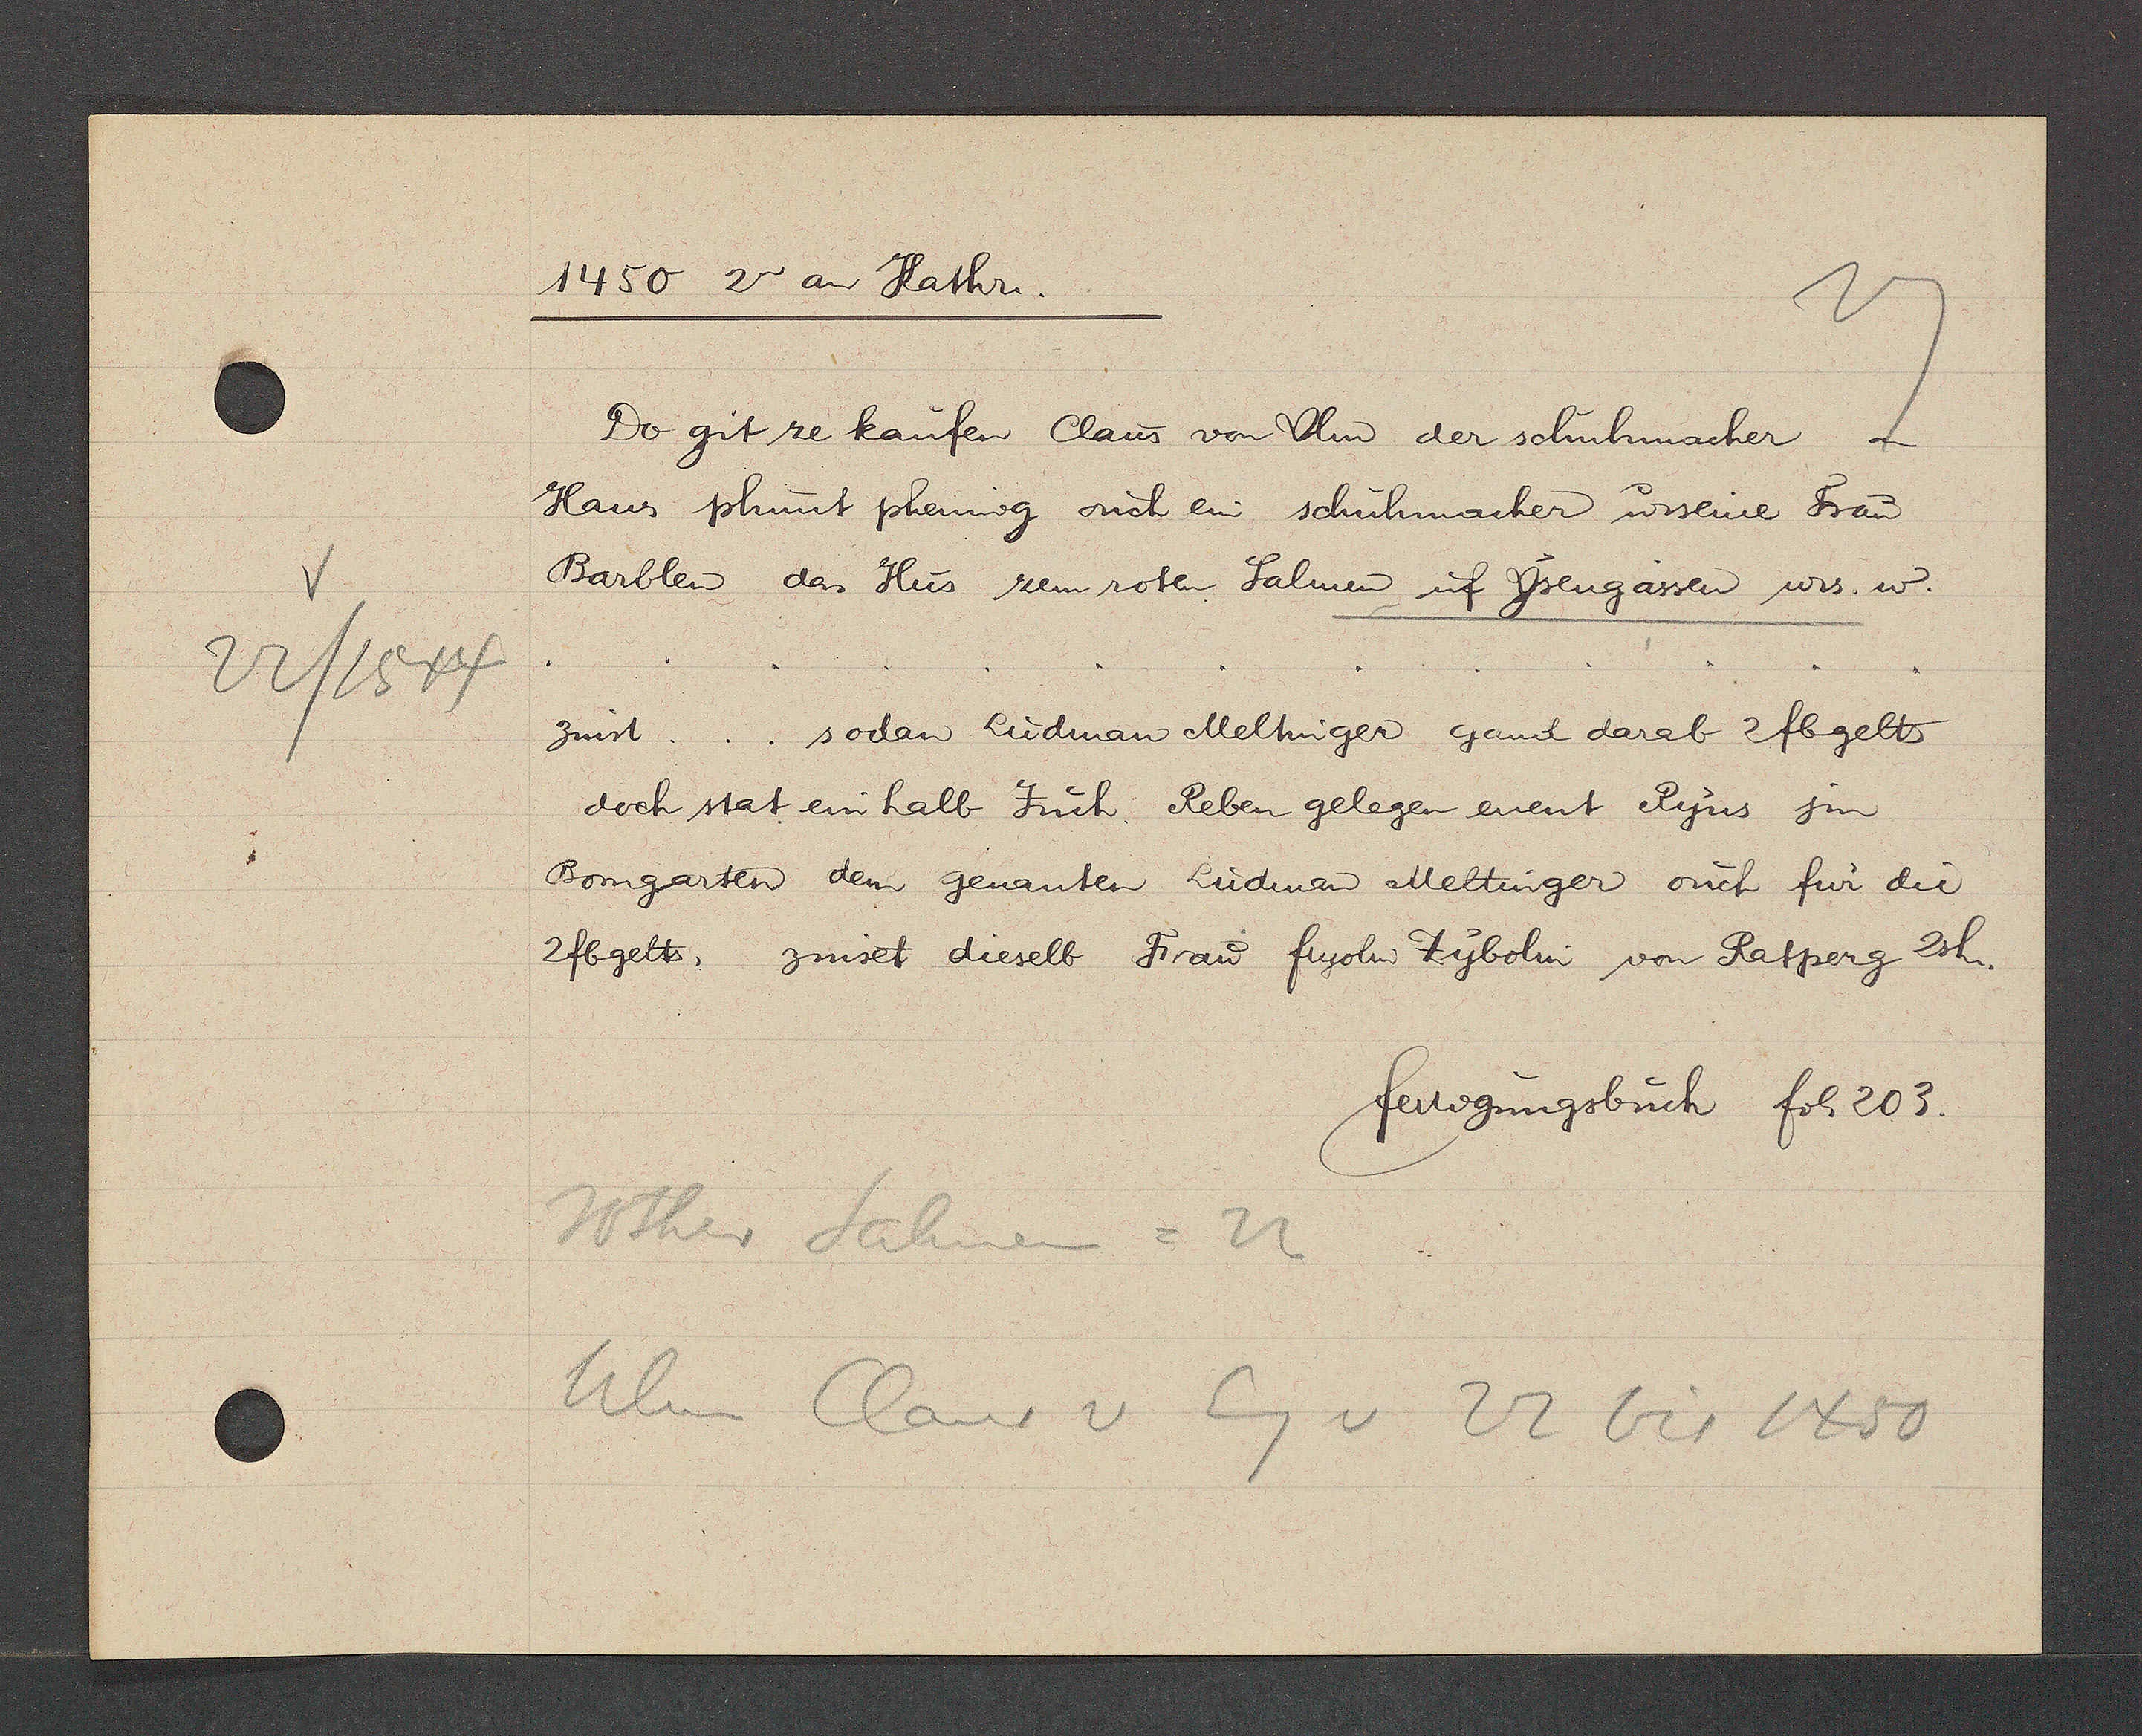
Transcript:
22/1544

1450 2n an Kathri.
Do git ze kaufen Claus von Ulm der schuhmacher an
Haus phrunt phennig ouch ein schuhmacher u. seine Frau
Barblen das Hus zem roten Salmen uf Ysengassen u.s. w.
. . . . . . . . . . . . .
Zinst . . . sodan Ludman Meltinger gand darab 2fb gelts
doch stat ein halb Juch Reben gelegen enent Ryns sin
Bomgarten dem genanten Ludman Meltinger ouch fur die
2fb gelts, zinset dieselb Frau fryolm? Zybolin von Ratperg 2sh.
fertigungsbuch fol. 203.
Rother Salmen = 22
Ulm Claus v Eg v 22 bis 1450